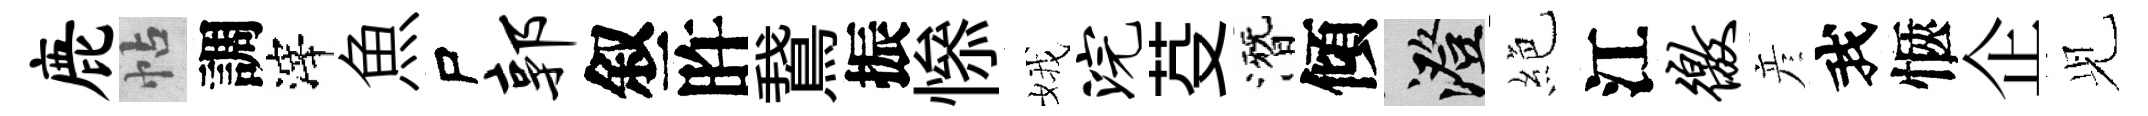
鹿帖調滓魚尸郭叙旿鵞振𢡖娥浣芟潛傾澄絶江徼彦我愜企𫤗